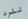
للرد